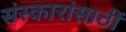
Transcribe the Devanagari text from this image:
संस्कारांसाठीं